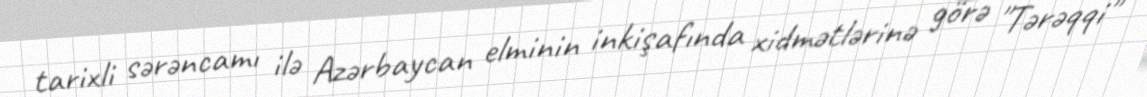
tarixli sərəncamı ilə Azərbaycan elminin inkişafında xidmətlərinə görə "Tərəqqi"